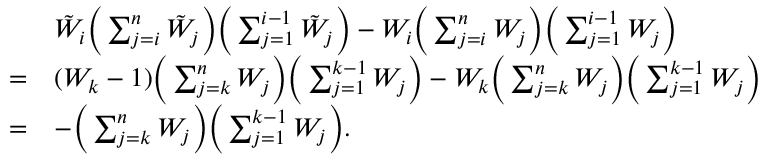
\begin{array} { r l } & { { \tilde { W } } _ { i } \Big ( \sum _ { j = i } ^ { n } { \tilde { W } } _ { j } \Big ) \Big ( \sum _ { j = 1 } ^ { i - 1 } { \tilde { W } } _ { j } \Big ) - W _ { i } \Big ( \sum _ { j = i } ^ { n } W _ { j } \Big ) \Big ( \sum _ { j = 1 } ^ { i - 1 } W _ { j } \Big ) } \\ { = } & { ( W _ { k } - 1 ) \Big ( \sum _ { j = k } ^ { n } W _ { j } \Big ) \Big ( \sum _ { j = 1 } ^ { k - 1 } W _ { j } \Big ) - W _ { k } \Big ( \sum _ { j = k } ^ { n } W _ { j } \Big ) \Big ( \sum _ { j = 1 } ^ { k - 1 } W _ { j } \Big ) } \\ { = } & { - \Big ( \sum _ { j = k } ^ { n } W _ { j } \Big ) \Big ( \sum _ { j = 1 } ^ { k - 1 } W _ { j } \Big ) . } \end{array}